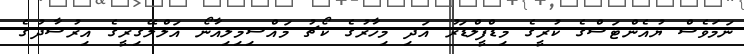
ނަމަވެސް ޔުއެންޓަސްގެ ކުރީގެ މިޑްފީލްޑަރު އަދި މިހާރުގެ ކޯޗު މައްސިމިލިއާނޯ އަލްލޭގިރީގެ އިރުޝާދުގެ